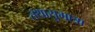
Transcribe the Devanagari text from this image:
तथासुमात्रा